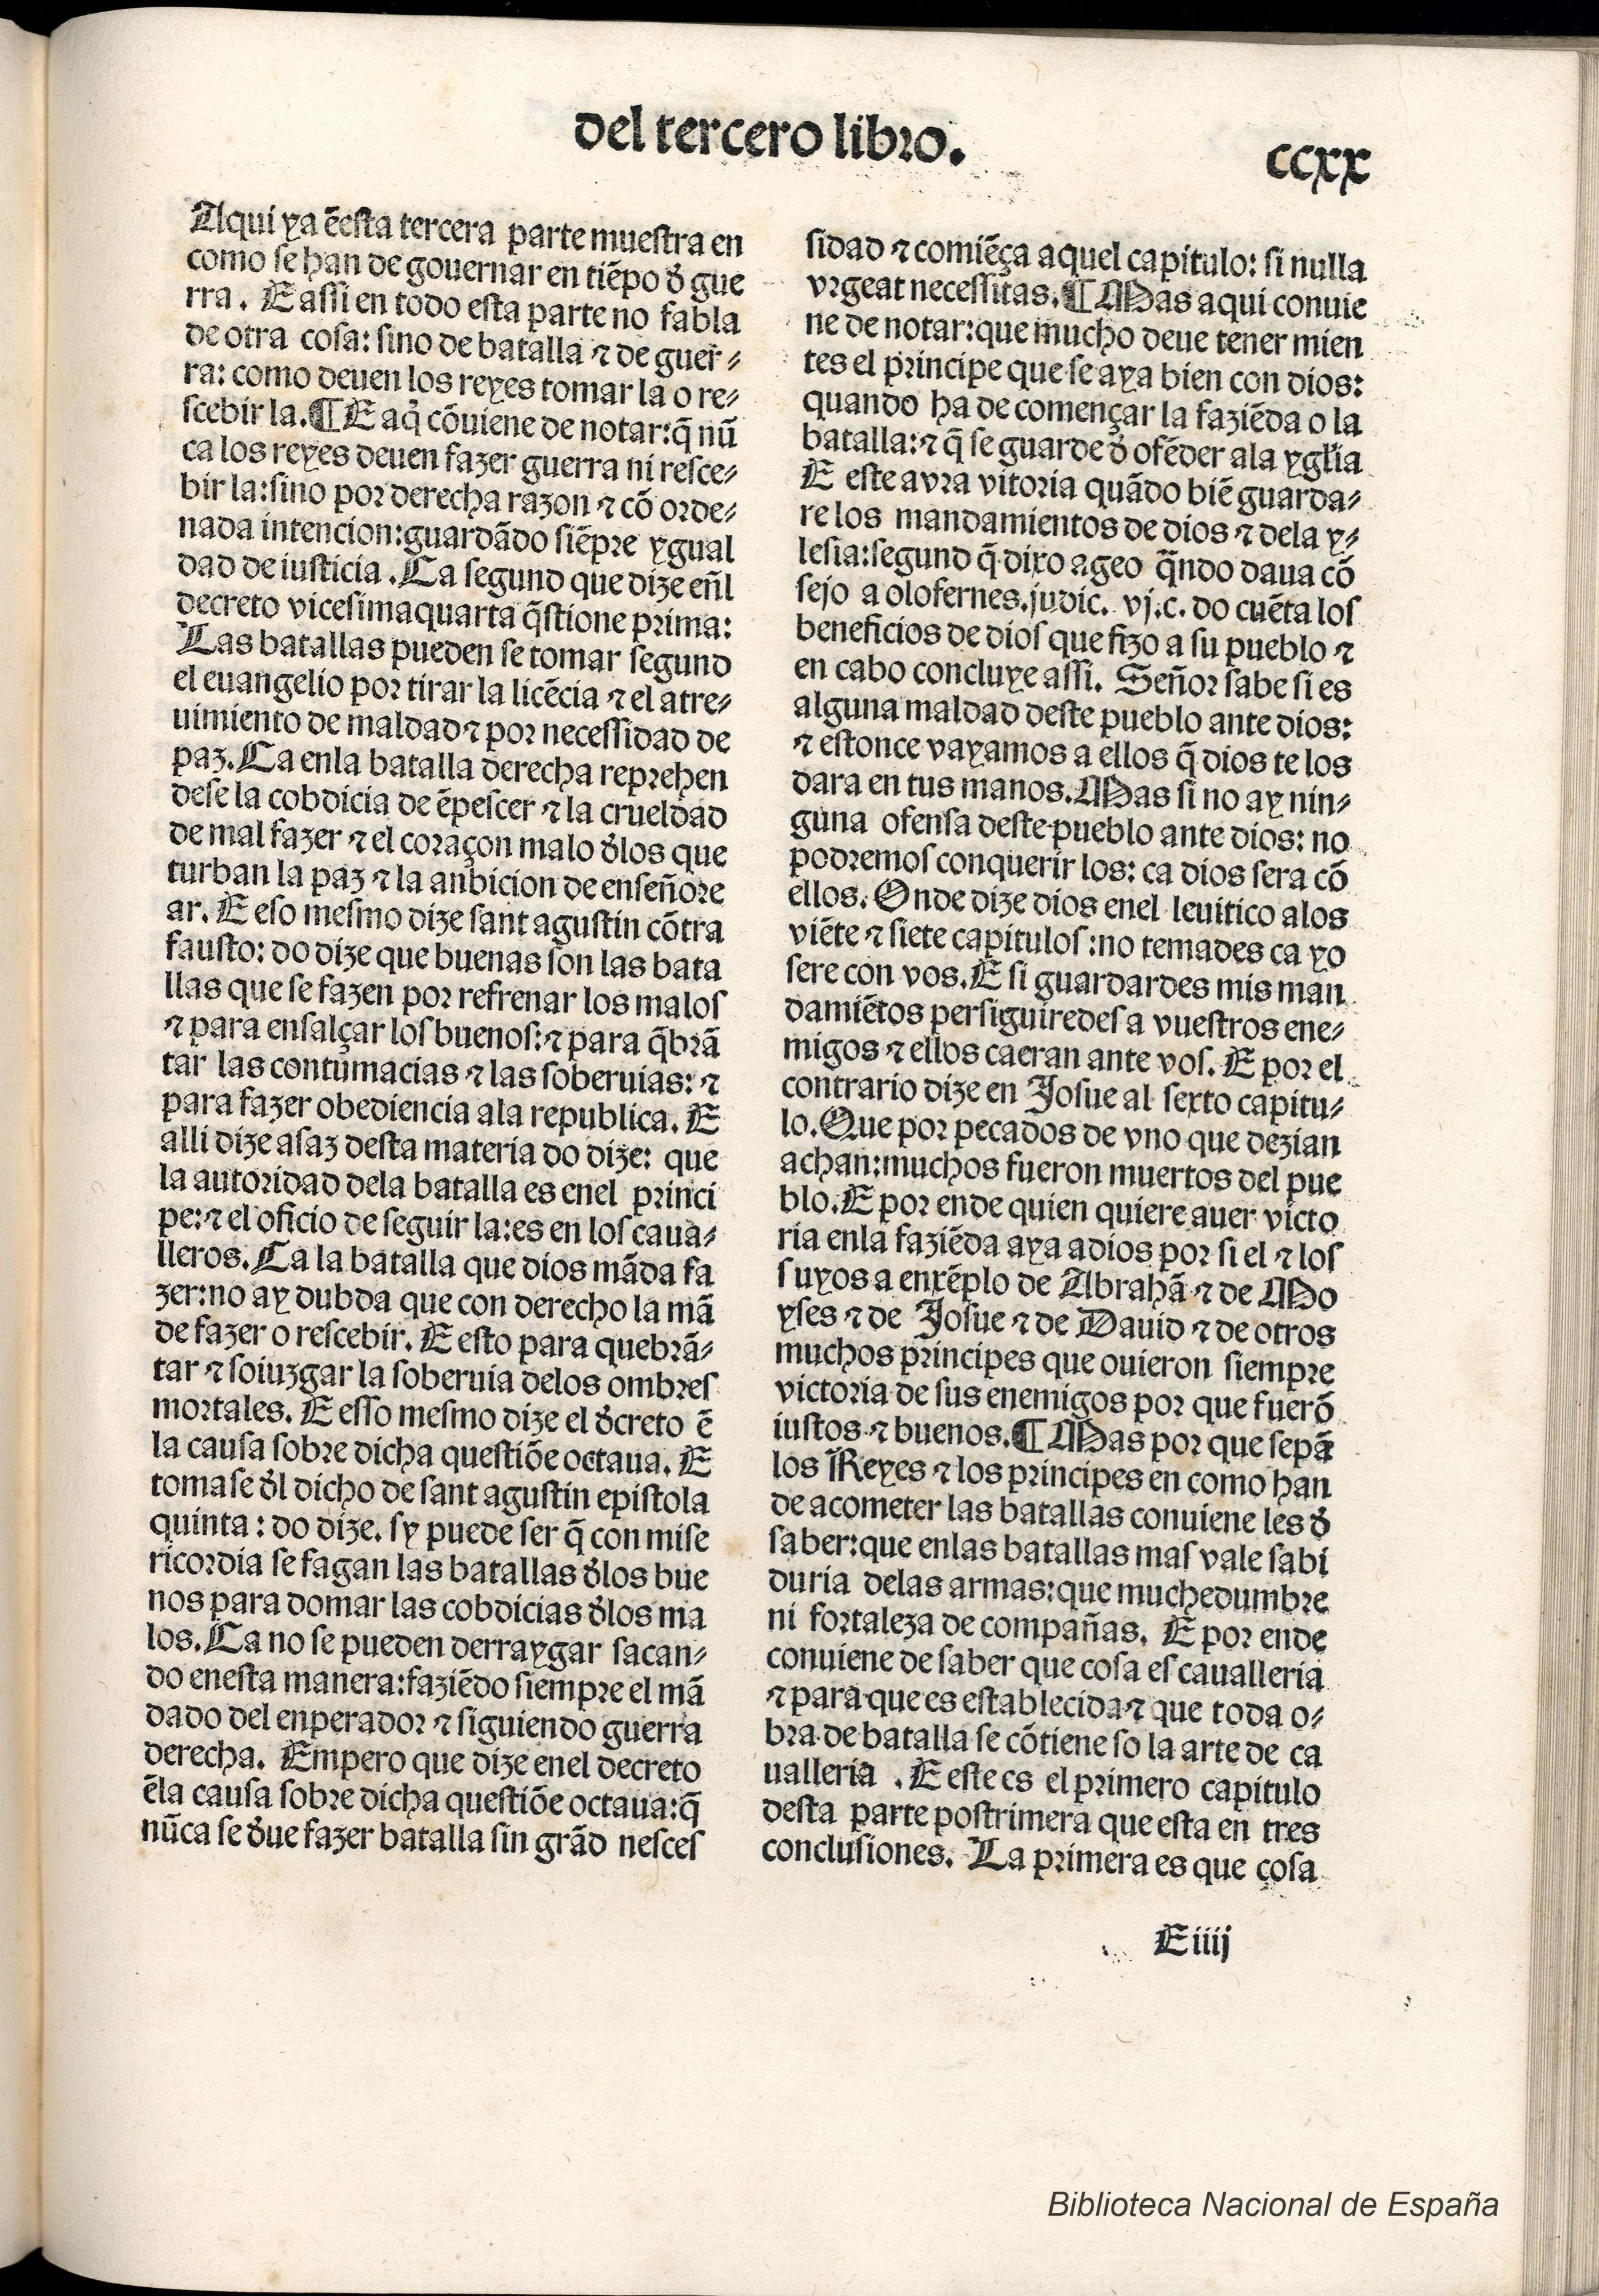
Shelfmark: Madrid, BNE, Inc. 901
Century: 15